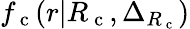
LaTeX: {f_{\mathrm{~c~}}}(r|{R_{\mathrm{~c~}}},\Delta_{{R_{\mathrm{~c~}}}})